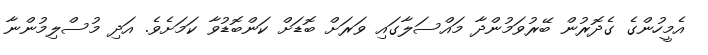
އެމީހުންގެ ގެދޮރުން ބޭރުވަމުންދާ މައްސަލާގައި ވަރަށް ބޮޑަށް ކަންބޮޑުވާ ކަމަށެވެ. އަދި މުސްލިމުންނާ